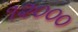
૧૨૦૦૦